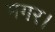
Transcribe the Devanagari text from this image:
मगर।